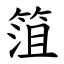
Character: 䈌